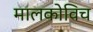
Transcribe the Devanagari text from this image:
मालकोविच